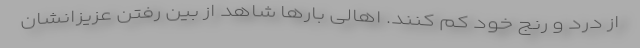
از درد و رنج خود کم کنند. اهالی بارها شاهد از بین رفتن عزیزانشان